Annual report of the Imperial Bacteriological Laboratory, Muktesar
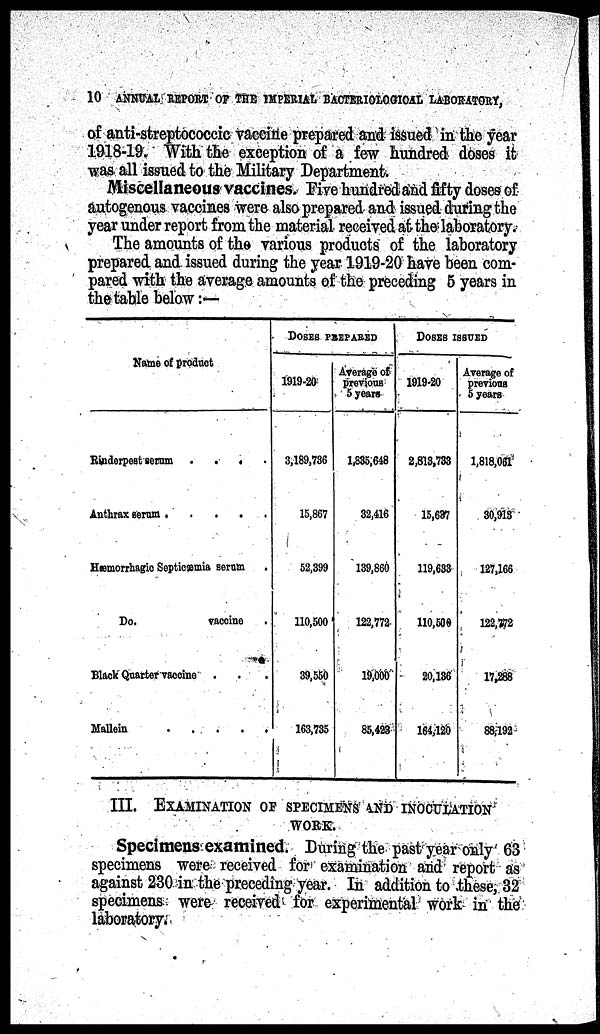
10 ANNUAL REPORT OF THE IMPERIAL BACTERIOLOGICAL LABORATORY,
of anti-streptococcic vaccine prepared and issued in the year
1918-19. With the exception of a few hundred doses it
was all issued to the Military Department.
Miscellaneous vaccines. Five hundred and fifty doses of
autogenous vaccines were also prepared and issued during the
year under report from the material received at the laboratory.
The amounts of the various products of the laboratory
prepared and issued during the year 1919-20 have been com
pared with the average amounts of the preceding 5 years in
the table below :―
Name of product
Rinderpest serum . . . .
Antrax serum
Hæmorrhagic Septicæmia serum .
Do.
vaccine
Black Quarter vaccine
. . .
DOSES PREPARED
1919-20
3,189,736
15,867
52,399
110,500
39,550
163,735
Average of
previous
5 years
1,835,648
32,416
139,860
122,772
19,000
85,423
DOSES ISSUED
1919-20
2,813,733
15,637
119,633
110,500
20,136
164,120
Average of
previous
5 years
1,818,061
30,913
127,166
122,772
17,288
88,192
III. EXAMINATION OF SPECIMENS AND INOCULATION
WORK.
Specimens examined. During the past year only 63
specimens were received for examination and report as
against 230 in the preceding year. In addition to these, 32
specimens were received for experimental work in the
laboratory.